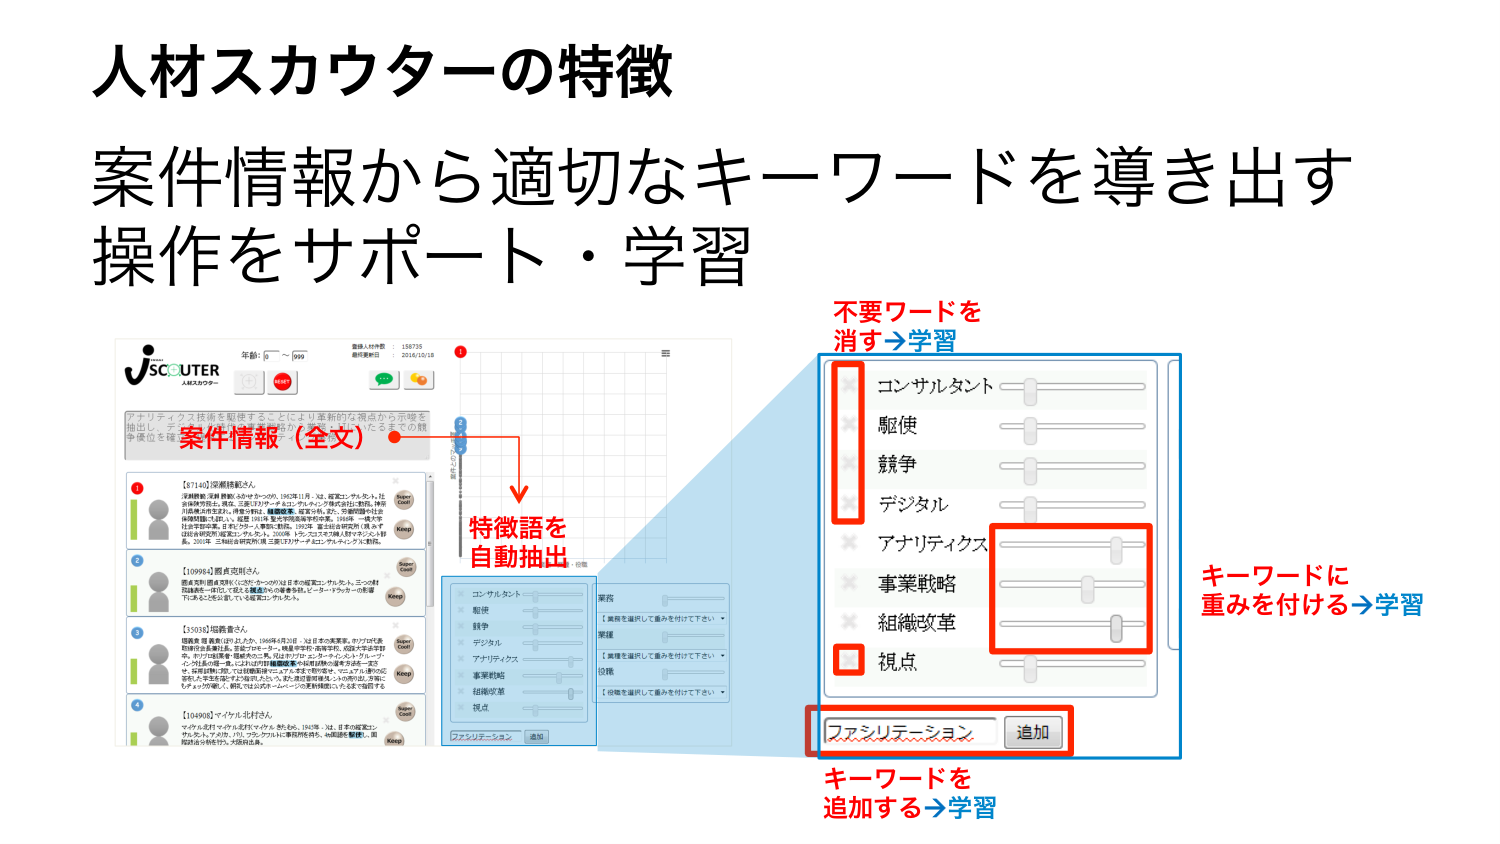
人材スカウターの特徴
案件情報から適切なキーワードを導き出す
操作をサポート・学習

jSCOUTER
A MEXSグループ

年齢： ～
登録人材件数： 158735
最終更新日： 2016/10/18

アナリティクス技術を駆使することにより革新的な視点から市場を
抽出し、データを活用した人材の発掘が可能。また、これまでの競
争優位を確立。

案件情報（全文）

【67140】深瀬技師さん
深瀬勝美（深瀬 勝美）ふかせ かつみ、1962年11月、32。電気エンジニア。35。社
会保険労務士。現在、三菱UFJフィナンシャル・グループ（MUFJ）に勤務。神奈
川県横浜市生まれ。得意分野は、機器開発、電気工学、27。労働問題や社会
保障問題に詳しい。経歴：1981年 電気大学院電気専攻卒業。1983年 三菱UFJ
社員採用。2001年、三菱UFJグループ人事部に勤務。1992年、第2回技術研究（株）の
技術者研修制度に参加。その後、2000年 15ヶ月の海外勤務（アメリカ）を経
験。2003年 三井住友研究開発（株）三菱UFJグループ・テクノロジーセンター勤務。

【109986】西貢克則さん
理系大学院を卒業後にベンチャーのP/S社の経営コンサルタント。三つの財
務諸表を一目で見抜くと業界から評価され、ピッチ・アタックの一の新星
であると今後注目される新進気鋭の人物。

【50033】垣内義さん
垣内 義（きうち よし）1968年4月20日、32。日本の実業家。かつては代表
取締役社長兼社長。主にコンピュータ、機械学習、機械学習、統計モデル開発。
専門分野は医療・環境系に集中。現在はオフィス・エンジニア・コンサルタント。
パーソナルコンピュータおよびIT技術開発の専門家。現在は株式会社アドバンス
社、技術開発部門にて技術開発に従事。また、東京大学大学院にて、マシンラーニングの応
用研究を進めており、今後はAIと人間の共存をテーマに研究を進める。今後は
企業との協働も視野に、研究開発を進める。

【104908】マイルス先代さん
マイルス先代（マイルス さきだい）1943年、32。日本の実業家。
サムスン、アスカ、パリ、フランクフルトに事務所を持ち、46回目を記録し、国
際的な知名度を持つ。大統領も歓迎。

特徴語を自動抽出

コンサルタント
駆使
競争
デジタル
アナリティクス
事業戦略
組織改革
視点

不要ワードを消す→学習
キーワードに重みを付ける→学習
キーワードを追加する→学習

ファシリテーション
追加

業務
業種
役職
【業務を選択して重みを付けて下さい】
【業種を選択して重みを付けて下さい】
【役職を選択して重みを付けて下さい】